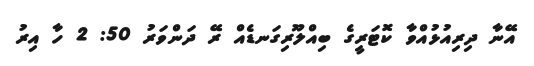
އޭނާ ދިރިއުޅުއްވާ ކޮޓަރީގެ ބިއްލޫރިގަނޑެއް ރޭ ދަންވަރު 50: 2 ހާ އިރު